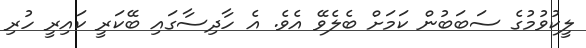
ލީކުވުމުގެ ސަބަބުން ކަމަށް ބެލެވޭ އެވެ. އެ ހާދިސާގައި ބޭކަރީ ކައިރީ ހުރި